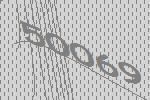
50069